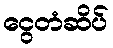
ငွေတံဆိပ်